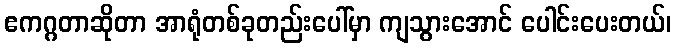
ဧကဂ္ဂတာဆိုတာ အာရုံတစ်ခုတည်းပေါ်မှာ ကျသွားအောင် ပေါင်းပေးတယ်၊